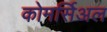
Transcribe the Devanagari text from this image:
कोमर्सिअल